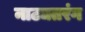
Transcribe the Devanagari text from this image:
नाट्यतरंग